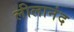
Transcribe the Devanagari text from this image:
लीलानंद